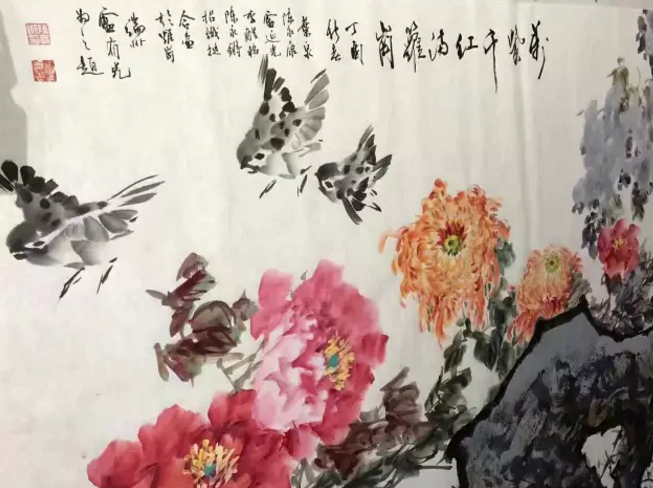
做弄得酒醒天寒，空对一庭香雪。